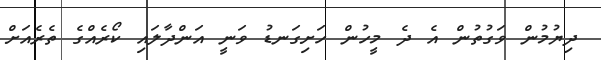
ދިޔުމުން ވަގުތުން އެ ދެ މީހުން ހަށިގަނޑު ވަނީ އަންދާލައި ކޯރެއްގެ ތެރެއަށް